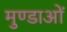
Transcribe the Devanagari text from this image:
मुण्डाओं